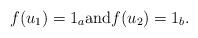
LaTeX: \begin{align*}f(u_1)=1_a \mbox{and} f(u_2)=1_b.\end{align*}